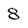
Character: 8